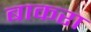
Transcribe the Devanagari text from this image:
बाकरा